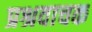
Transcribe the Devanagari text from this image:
प्रश्रवाचक